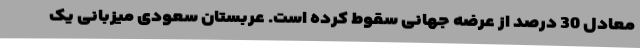
معادل 30 درصد از عرضه جهانی سقوط کرده است. عربستان سعودی میزبانی یک